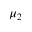
\mu _ { 2 }